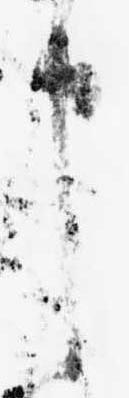
申